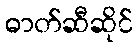
ဓာတ်ဆီဆိုင်